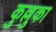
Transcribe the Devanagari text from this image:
कुल्लुका